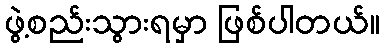
ဖွဲ့စည်းသွားရမှာ ဖြစ်ပါတယ်။